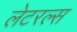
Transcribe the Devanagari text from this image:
लेटरल्स